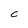
Character: C